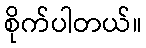
စိုက်ပါတယ်။